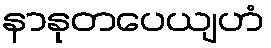
နာနုတပေယျဟံ